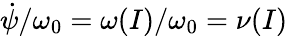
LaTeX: \dot{\psi}/\omega_{0}=\omega(I)/\omega_{0}=\nu(I)